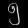
Digit: ၅